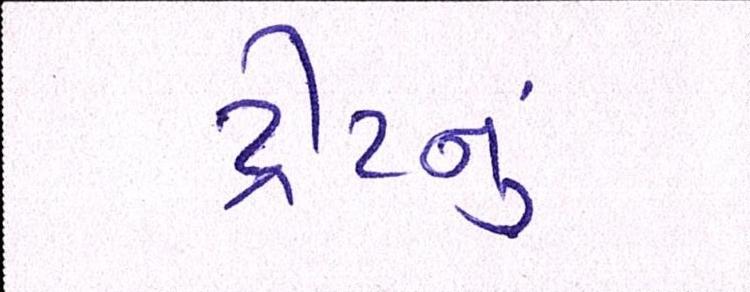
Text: ટ્રીટનું